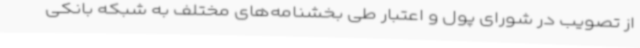
از تصویب در شورای پول و اعتبار طی بخشنامه‌های مختلف به شبکه بانکی